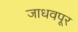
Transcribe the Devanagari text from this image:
जाधवपूर